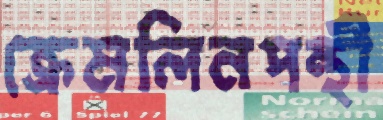
ক্রেমলিনপন্থী